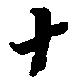
十